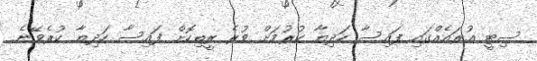
ސިޓީ އުރައެއްގައި ފައިސާ ހަދިޔާ ކުރުމަށް ވުރެ ރީތިކޮށް ފައިސާ ހަދިޔާ ކުރެވޭނެ